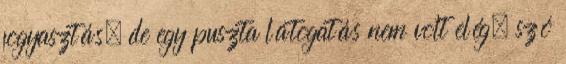
fogyasztás, de egy puszta látogatás nem volt elég, szó